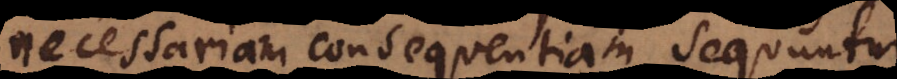
necessariam consequentiam sequuntur.